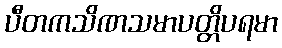
ပီတကသိဏသမာပတ္တိပရမာ